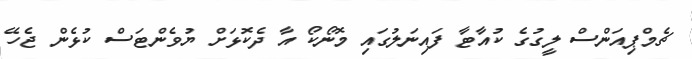
ޗެމްޕިއަންސް ލީގުގެ ކުއާޓާ ފައިނަލުގައި މޮނޯކޯ އާ ދެކޮޅަށް ޔުވެންޓަސް ކުޅެން ޖެހޭ